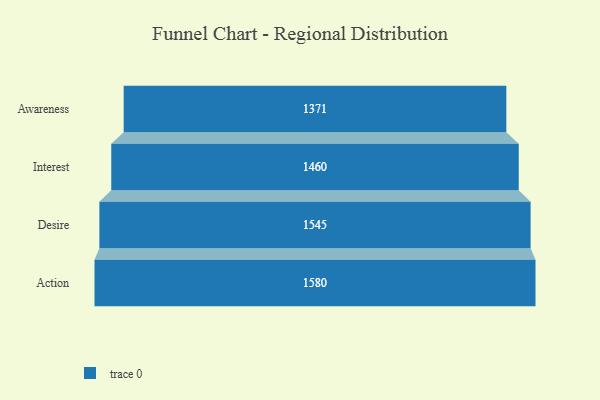
{"axis": {"x": "Stage", "y": "Value"}, "legend": [""], "data": [{"x": "Awareness", "y": 1371.0, "type": ""}, {"x": "Interest", "y": 1460.0, "type": ""}, {"x": "Desire", "y": 1545.0, "type": ""}, {"x": "Action", "y": 1580.0, "type": ""}]}